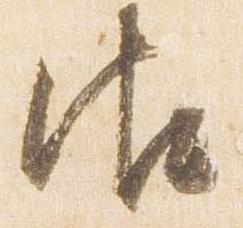
御